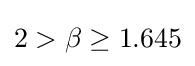
2>\beta \geq 1.645